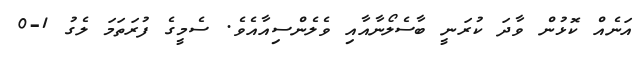
އަނެއް ކޮޅުން ވާދަ ކުރަނީ ބާސެލޯނާއާއި ވެލެންސިއާއެވެ. ސެމީގެ ފުރަތަމަ ލެގު 1-0